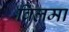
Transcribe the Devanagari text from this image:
बिलमा